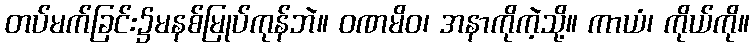
တပ်မက်ခြင်း၌မနစ်မြုပ်ကုန်ဘဲ။ ဝဏမိဝ၊ အနာကိုကဲ့သို့။ ကာယံ၊ ကိုယ်ကို။